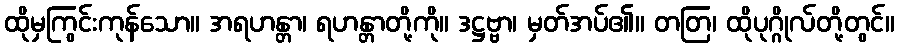
ထိုမှကြွင်းကုန်သော။ အရဟန္တာ၊ ရဟန္တာတို့ကို။ ဒဋ္ဌဗ္ဗာ၊ မှတ်အပ်၏။ တတြ၊ ထိုပုဂ္ဂိုလ်တို့တွင်။